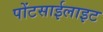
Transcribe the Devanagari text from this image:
पोंटसाईलाइट